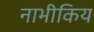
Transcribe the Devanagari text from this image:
नाभीकिय